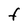
Character: F